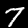
Digit: 7